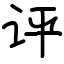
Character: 评